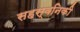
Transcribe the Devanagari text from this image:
सहस्वनिकी